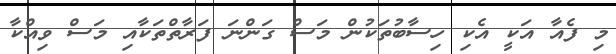
މި ފެއާ އަކީ އެކި ހިސާބުތަކުން މަސް ގަންނަ ފަރާތްތަކާއި މަސް ވިއްކާ